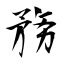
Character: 務